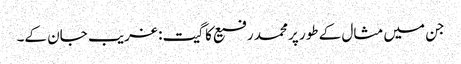
جن میں مثال کے طور پر محمد رفیع کا گیت: غریب جان کے۔